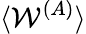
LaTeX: \langle\mathcal{W}^{(A)}\rangle